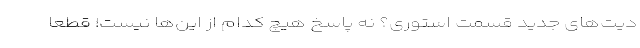
دیت‌های جدید قسمت استوری؟ نه پاسخ هیچ کدام از این‌ها نیست! قطعاً